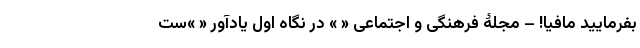
بفرمایید مافیا! – مجلۀ فرهنگی و اجتماعی « » در نگاه اول یادآور « »ست